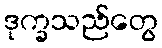
ဒုက္ခသည်တွေ